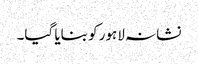
نشانہ لاہور کو بنایا گیا۔